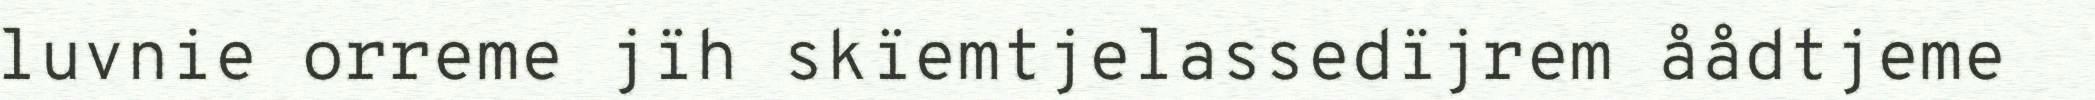
luvnie orreme jïh skïemtjelassedïjrem åådtjeme